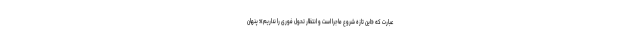
عبارت که «این تازه شروع ماجرا است و انتظار تحول فوری را نداریم»؛ پنهان